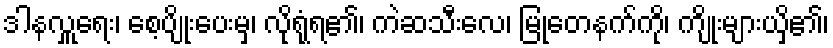
ဒါနလှူရေး၊ စေ့ပျိုးပေးမှ၊ လိုရုံရ၏၊ ကဲဆသီးလေ၊ မြုတေနက်ကို၊ ကျိုးများယှိ၏၊